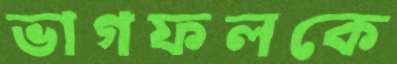
ভাগফলকে